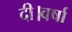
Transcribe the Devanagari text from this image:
दी।वर्षा